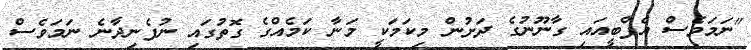
"ނަމަވެސް އެފްބީއައި ގާނޫނުގެ ދަށުން މިކަމަކީ މަނާ ކަމެއްގެ ގޮތުގައި ނުފެނިދާނެ ނަމަވެސް